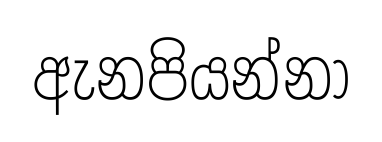
ඇනපියන්නා